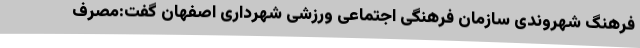
فرهنگ شهروندی سازمان فرهنگی اجتماعی ورزشی شهرداری اصفهان گفت:مصرف